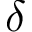
\delta